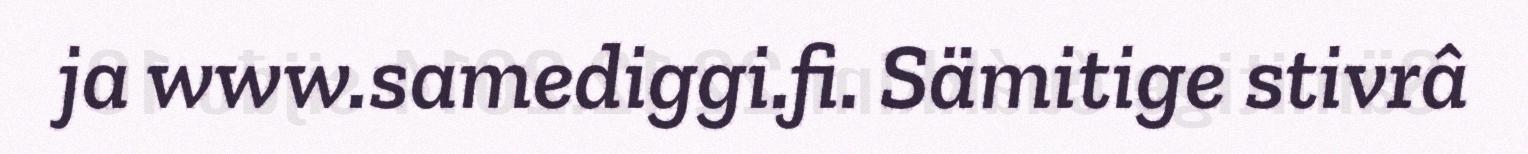
ja www.samediggi.fi. Sämitige stivrâ